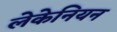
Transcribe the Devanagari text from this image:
लेकेनियन